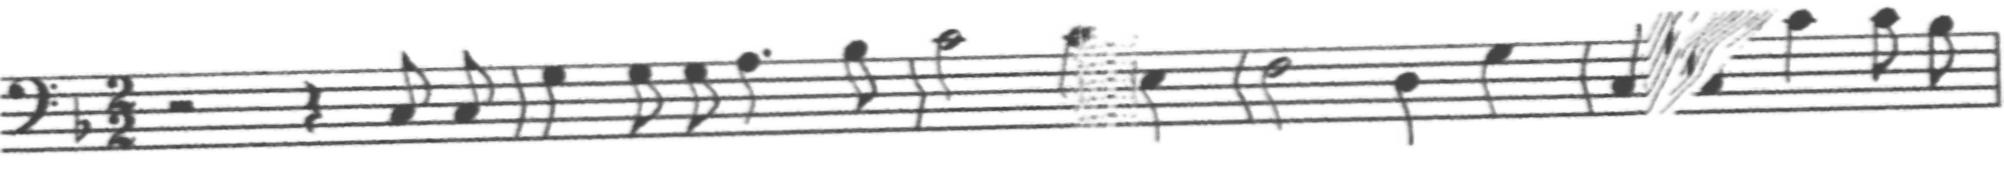
Transcription: clef-F4 keySignature-FM timeSignature-2/2 rest-half rest-quarter note-C3_eighth note-C3_eighth barline note-G3_quarter note-G3_eighth note-G3_eighth note-A3_quarter. note-Bb3_eighth barline note-C4_half note-C4_quarter note-E3_quarter barline note-F3_half note-D3_quarter note-G3_quarter barline note-C3_quarter note-C3_quarter note-C4_quarter note-C4_eighth note-Bb3_eighth barline